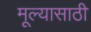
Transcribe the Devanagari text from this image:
मूल्यासाठी